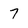
Character: 7